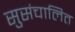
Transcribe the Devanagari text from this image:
सुसंचालित